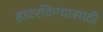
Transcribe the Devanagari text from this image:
हादरविण्यासाठी